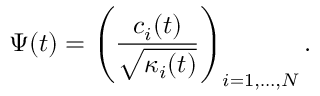
\Psi ( t ) = \left( \frac { c _ { i } ( t ) } { \sqrt { \kappa _ { i } ( t ) } } \right) _ { i = 1 , \dots , N } .